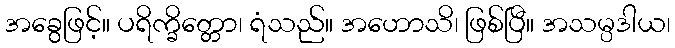
အခွေဖြင့်။ ပရိက္ခိတ္တော၊ ရံသည်။ အဟောသိ၊ ဖြစ်ပြီ။ အသမ္ပဒါယ၊